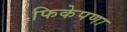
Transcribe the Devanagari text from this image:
फिकेपणा